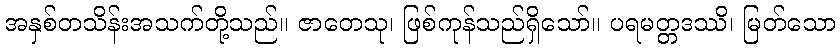
အနှစ်တသိန်းအသက်တို့သည်။ ဇာတေသု၊ ဖြစ်ကုန်သည်ရှိသော်။ ပရမတ္တဒဿိ၊ မြတ်သော